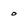
Character: 0